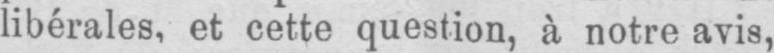
libérales, et cette question, à notre avis,